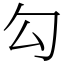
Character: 勾